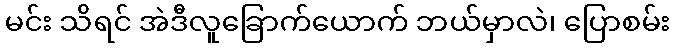
မင်း သိရင် အဲဒီလူခြောက်ယောက် ဘယ်မှာလဲ၊ ပြောစမ်း